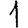
Digit: 1